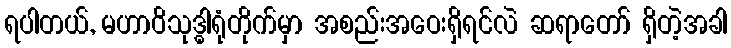
ရပါတယ်, မဟာဝိသုဒ္ဓါရုံတိုက်မှာ အစည်းအဝေးရှိရင်လဲ ဆရာတော် ရှိတဲ့အခါ